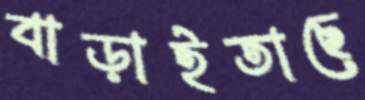
বাড়াইতাছে